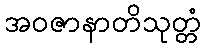
အဝဇာနာတိသုတ္တံ